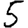
Digit: 5